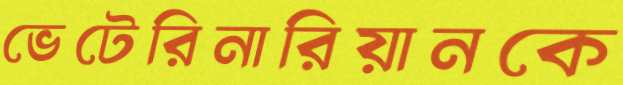
ভেটেরিনারিয়ানকে